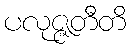
ပလုဇ္ဇတီတိ